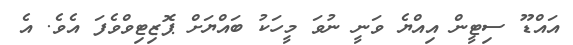
އައްޑޫ ސިޓީން އިއްޔެ ވަނީ ނުވަ މީހަކު ބައްޔަށް ޕޮޒިޓިވްވެފަ އެވެ. އެ